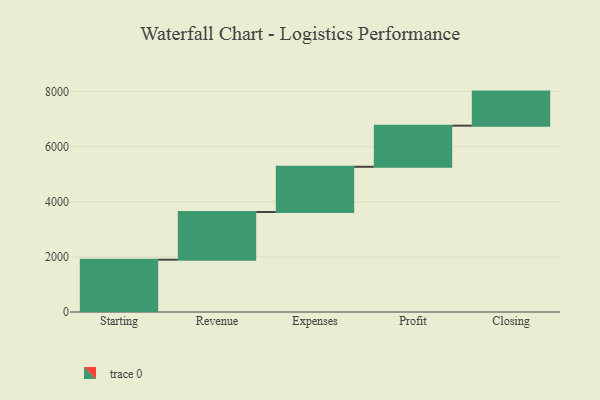
{"axis": {"x": "Step", "y": "Value"}, "legend": [""], "data": [{"x": "Starting", "y": 1898.0, "type": ""}, {"x": "Revenue", "y": 1732.0, "type": ""}, {"x": "Expenses", "y": 1641.0, "type": ""}, {"x": "Profit", "y": 1492.0, "type": ""}, {"x": "Closing", "y": 1236.0, "type": ""}]}